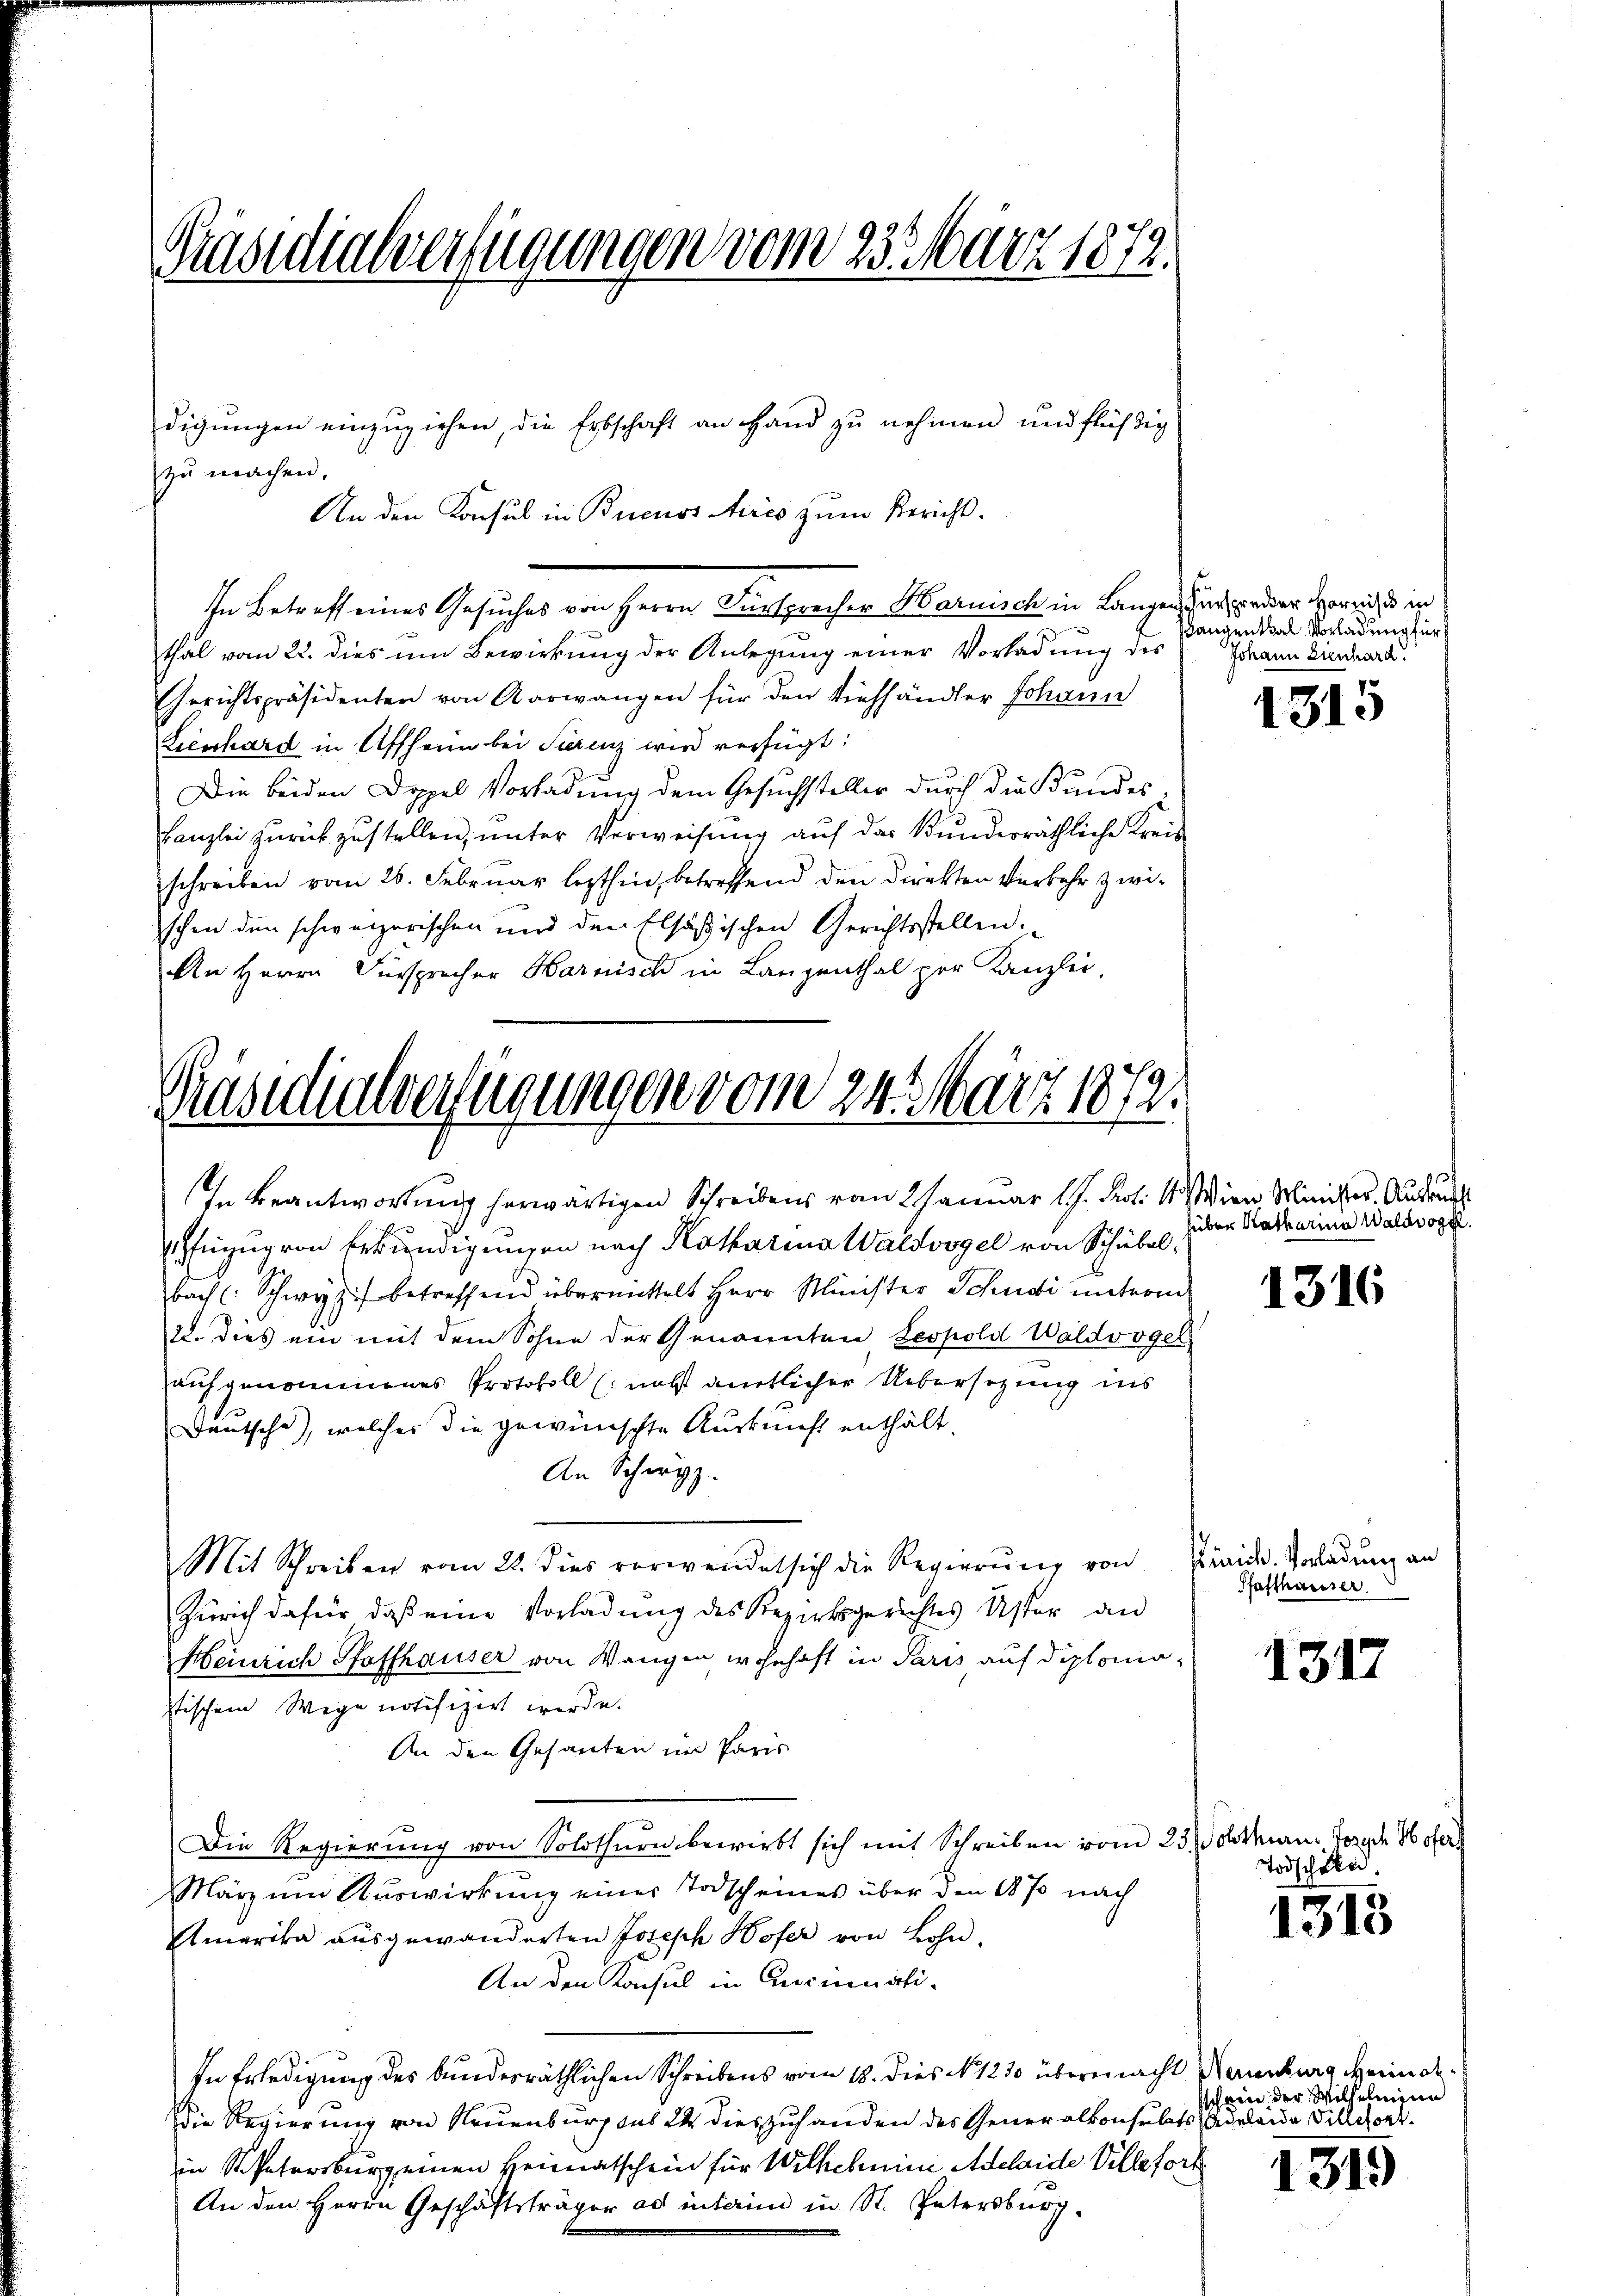
Präsidialverfügungen vom 23. März 1879.

zu machen.
In Betreff eines Gesuches von Herrn Fürsprechen Harnisch in Langen sind weder versuches in
thal vom 22. dies um Bewirkung der Anlegung einer Vorladung des
Gerichtspräsidenten von Aarwangen für den Viehhändler Johann
Lienhard in Affheim bei Serenz wird verfügt:
Die beiden Doppel Vorladung dem Gesuchsteller durch die Bundes-
Kanzlei zurückzustellen, unter Verweisung auf das Bunderräthliche Kreis
schreiben vom 26. Februar lezthin, betreffend den Direkten Verkehr zwischen den schweizerischen und den Elsäsischen Gerichtsstellen:
An Herrn Fürsprecher Harnisch in Langenthal zur Kanzlei,

Präsidialverfügungen vom 24. März 1872.
In Beantwortung herwärtigen Schreibens vom 2 Januar 17. Prot. 19 dien Minister. Ausweiss

uzug von Erkundigungen nach Katharina Waldvogel von Schubl
bach (: Schwyz betreffend übermittelt Herr Minister Schudi unterm
2. dies ein mit dem Sohne der Genannten Leopold Waldvoger
aufgenommenes Protokoll (nicht amtlicher Übersetzung ins
Deutsche), welcher die gewünschte Auskunft enthält.
An Schwyz.
Mit Schreiben vom 22. dies verwendet sich die Regierŭng von Frid. Verladung an
Zürich dafür, daß eine Vorladung des Bezirksgerichtes Uster an
Heinrich Pfaffhauser von Wangen wohnhaft in Paris auf diplomastischem Wege notifizirt werde.
An den Gesanten im Paris
Die Regierung von Solothurn bewirkt sich mit Schreiben vom 233 dtmann Joseph Hofer
März um Auswirkung einer Todscheines über den 1870 nach
Amerika ausgewanderten Joseph Wofer von Bohn¬
An den Konsul in Ansinuati¬
In Erledigung des bundesräthlichen Schreibens vom 18. dies N. 1230 übermacht Naumburg erin al¬
Die Regierung von Neuenburg aus 24 dies zuhanden des Generalkonsulats Adeleide Billhort
in Petersburg einen Heimatschein für Wilhelmine Adelaide Ville fort
An den Herrn Geschäftsträger ad interin in St. Petersburg

digŭngen einzŭziehen, die Erbschaft an Hand zŭ nehmen und flüchtig
An den Konsul in Buenos Aires zum Bericht.

Pangenthal Vorladung für
Johann Lienhard.

c
über Katharina Waldvogel.

18)

5

1316

Pfafthausser.

1317

Todschule

1313

schein der Wilhelmine

1319